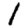
Digit: 1